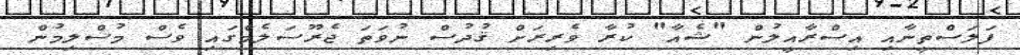
ފަލަސްތީނާއި އިސްރާއީލުން "ޝެއާ" ކުރާ ވެރިރަށް ޤުދުސް ނުވަތަ ޖެރޫސަލެމްގައި ވެސް މުސްލިމުން